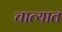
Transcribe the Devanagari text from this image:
चात्यात